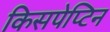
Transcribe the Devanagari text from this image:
किसपेप्टिन